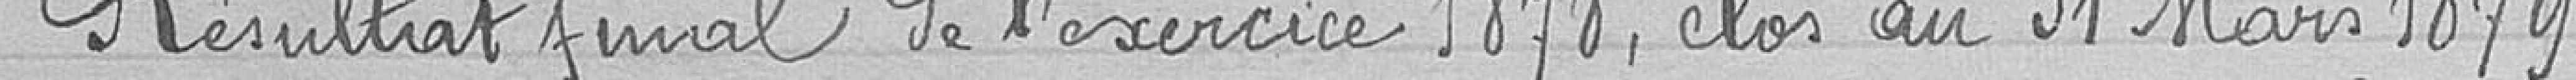
Résultat final de l'exercice 1878, clos au 31 Mars 1879.